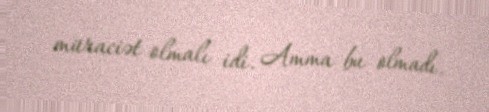
müraciət olmalı idi. Amma bu olmadı.